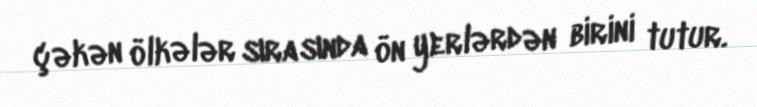
çəkən ölkələr sırasında ön yerlərdən birini tutur.